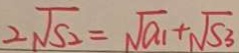
2 \sqrt { S _ { 2 } } = \sqrt { a _ { 1 } } + \sqrt { S _ { 3 } }